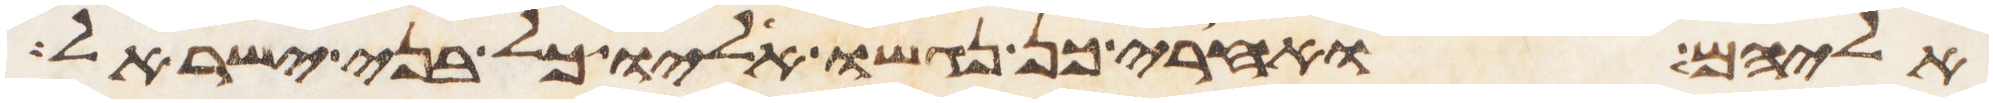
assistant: אליהם ואחרי כן נגשו אליו כל בני ישראל